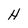
Character: H